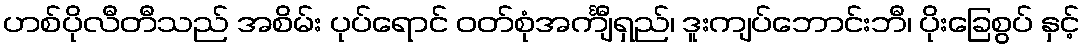
ဟစ်ပိုလီတီသည် အစိမ်း ပုပ်ရောင် ဝတ်စုံအင်္ကျီရှည်၊ ဒူးကျပ်ဘောင်းဘီ၊ ပိုးခြေစွပ် နှင့်